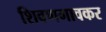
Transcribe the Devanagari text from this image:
शिवणगावकर